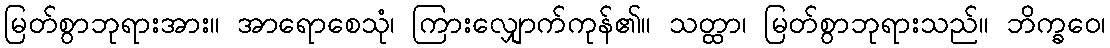
မြတ်စွာဘုရားအား။ အာရောစေသုံ၊ ကြားလျှောက်ကုန်၏။ သတ္ထာ၊ မြတ်စွာဘုရားသည်။ ဘိက္ခဝေ၊